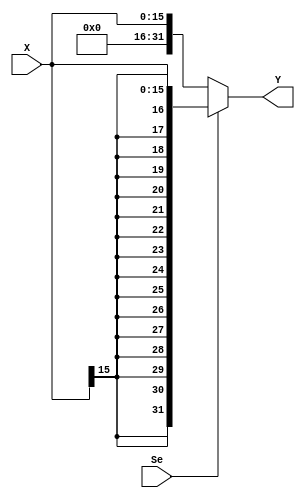
module EXT16T32 (X, Se, Y);
input [15:0] X;
input Se;
output reg [31:0] Y;

//wire [15:0] e = {16{X[15]}};

always @(*) begin
    if (Se == 0) begin
        Y={16'b0,X};
    end
    else begin
        Y={{16{X[15]}},X};
    end
end
endmodule